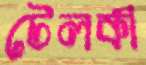
টেলকী